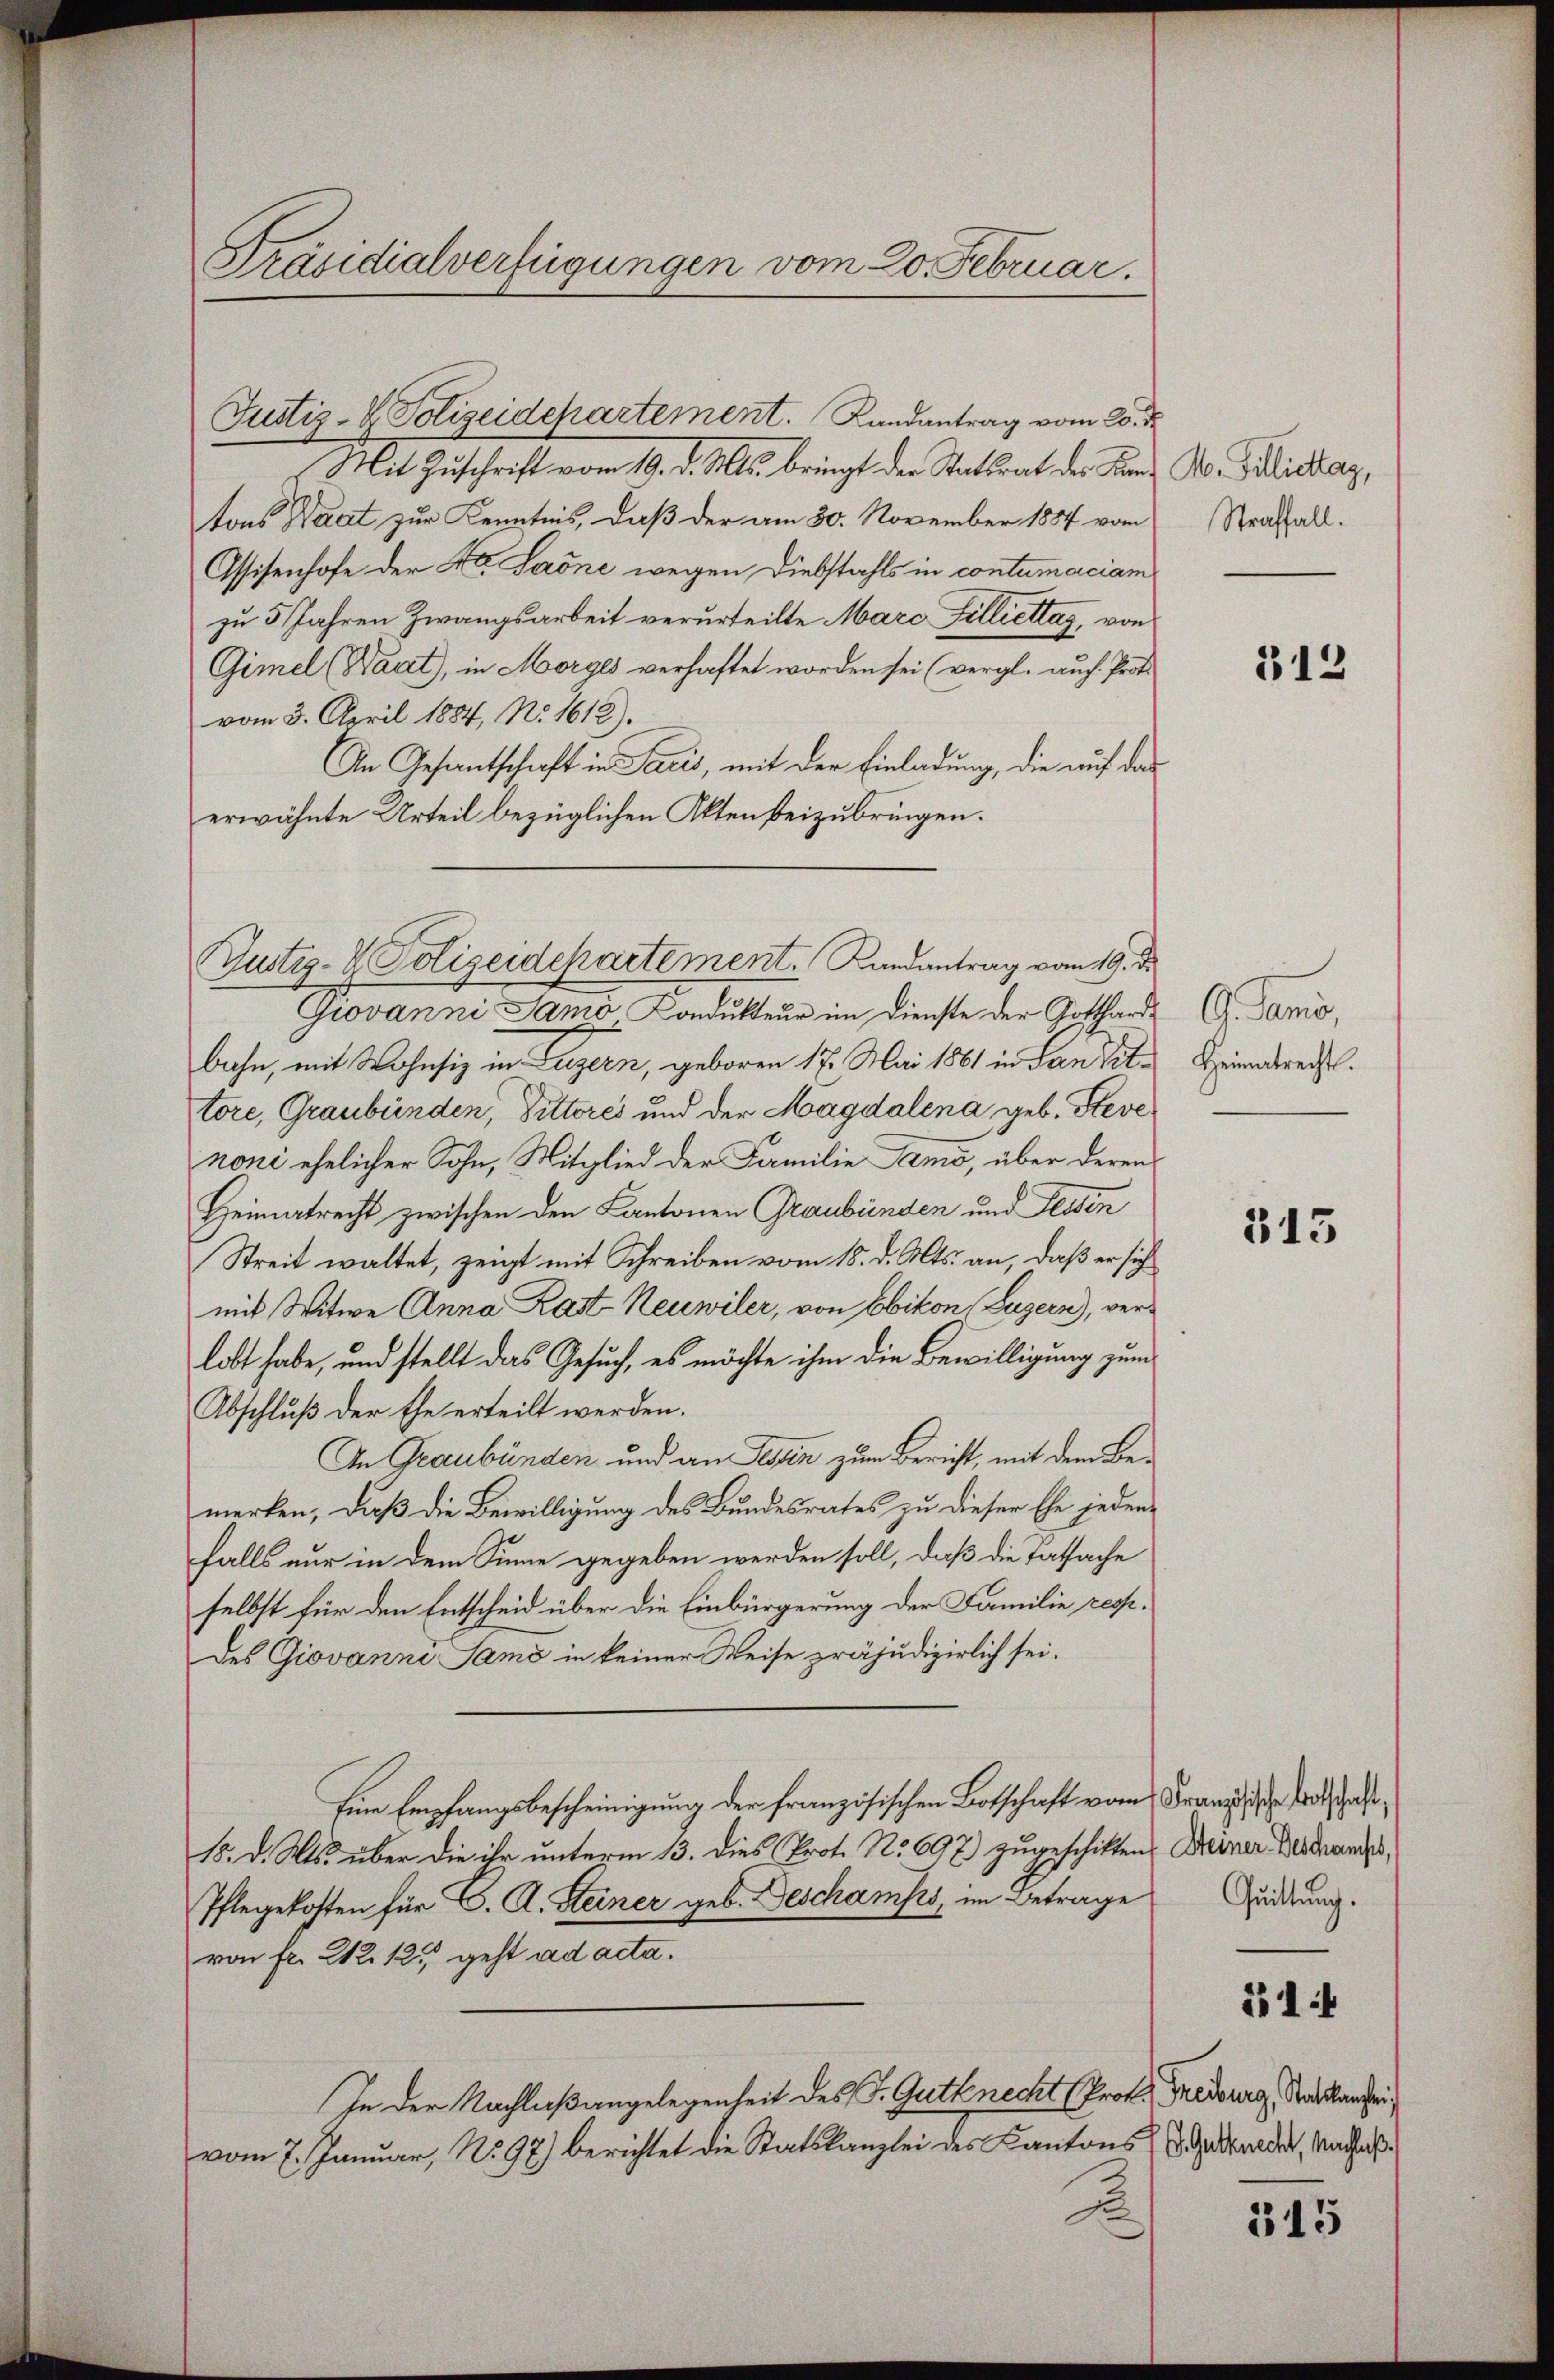
Präsidialverfügungen vom 20. Februar.

Justiz- & Polizeidchartement. Randantrag vom 25. d.
Mit Zuschrift vom 19. d. Mts. bringt der Stadtrat der Korn, A. Michar,
tons Waat zur Kenntnis, daß der am 30. November 1887 vom
Assisenhofe der 40. Laone wegen Diebstahls in contumaciam
zu 5 Jahren Zwangsarbeit verurteilte Marc Filliettag, von
Gimel (Bart), in Morges verhaftet worden sei (vergl. auch Proto
vom 3. April 1884, No. 1612).
An Gesantschaft in Facis, mit der Einladung, die auf das
erwähnte Urteil bezüglichen Akten beizubringen.
Giovanni Samo Kondukteur im Dienste der Gotthardbahn, mit Wohnsiz in Luzern, geboren 17. Mai 1861 in dan Tit.
tore, Graubünden, Pittores und der Magdalena geb. Steve
noni ehelicher Sohn, Mitglied der Familie Amo, über deren
Heimatrecht zwischen den Kantonen Graubünden und Tessin
Streit waltet, zeigt mit Schreiben vom 18. d. Mts. an, daß er sich
mit Witwe Anna Last Neuwiler, von Ebikon (Luzern), verlobt habe, und stellt das Gesuch, es möchte ihm die Bewilligung zum
Abschluß der Ehe erteilt werden.
In Graubünden und an Ein zum Bericht, mit dem Bemerken, daß die Bewilligung des Bundesrates zu dieser Ehe jeden
falls nur in dem Sinne gegeben werden soll, daß die Tatsache
selbst für den Entscheid über die Einbürgerung der Familie rechdes Giovanni Samo in keiner Weise präjudizierlich sei.
Eine Empfangsbescheinigung der französischen Botschaft vom Kranz der Todschaf¬
18. d. Mts. über die ihr unterm 13. dies Prot. No 697.) zugeschikten. Deiner Bildhandes,
Pflegekosten für C. A. Steiner geb. Geschamps, im Betrage
von fr. 212. 12. geht ad acta.
In der Nachlaßangelegenheit des J. Gutknecht (Prof. Treiburg, Sattlander
vom 7. Januar, No. 97) berichtet die Statskanzlei des Kantons Gerader, Nachlaß¬
2

Gustiz- & Polizeidepartement. Landantrag vom 19. d.

Straffall.

312

G. Stand,
Heimatrecht.

313

Quittung.

514

345